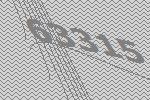
63315